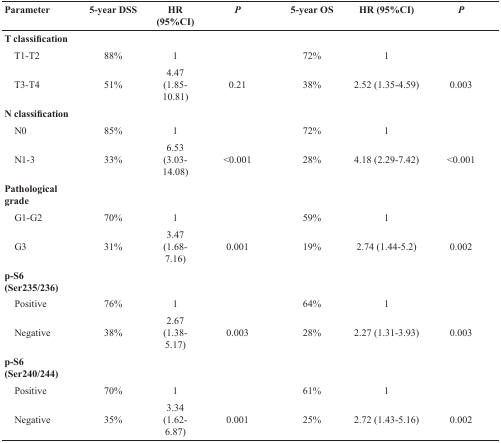
| Parameter | 5-year DSS | HR (95%CI) | P | 5-year OS | HR (95%CI) | P |
 | --- | --- | --- | --- | --- | --- | --- |
 | T classification |  |  |  |  |  |  |
 | T1-T2 | 88% | 1 |  | 72% | 1 |  |
 | T3-T4 | 51% | 4.47 (1.85-10.81) | 0.21 | 38% | 2.52 (1.35-4.59) | 0.003 |
 | N classification |  |  |  |  |  |  |
 | N0 | 85% | 1 |  | 72% | 1 |  |
 | N1-3 | 33% | 6.53 (3.03-14.08) | <0.001 | 28% | 4.18 (2.29-7.42) | <0.001 |
 | Pathological grade |  |  |  |  |  |  |
 | G1-G2 | 70% | 1 |  | 59% | 1 |  |
 | G3 | 31% | 3.47 (1.68-7.16) | 0.001 | 19% | 2.74 (1.44-5.2) | 0.002 |
 | p-S6 (Ser235/236) |  |  |  |  |  |  |
 | Positive | 76% | 1 |  | 64% | 1 |  |
 | Negative | 38% | 2.67 (1.38-5.17) | 0.003 | 28% | 2.27 (1.31-3.93) | 0.003 |
 | p-S6 (Ser240/244) |  |  |  |  |  |  |
 | Positive | 70% | 1 |  | 61% | 1 |  |
 | Negative | 35% | 3.34 (1.62-6.87) | 0.001 | 25% | 2.72 (1.43-5.16) | 0.002 |